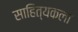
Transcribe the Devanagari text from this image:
साहित्यकला